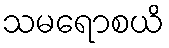
သမရောစယိ